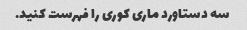
سه دستاورد ماری کوری را فهرست کنید.